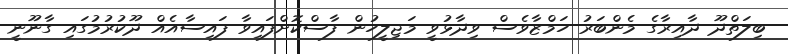
ބިލަތްދޫ ދާއިރާގެ މެންބަރު ހަމްޒާވެސް ވިދާޅުވީ މަޖިލީހުން ފާސްކޮށްފައިވާ ފައިސާއެއް ދޫކުރުމުގައި ގާނޫނީ